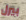
بيرل